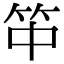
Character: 𥫯